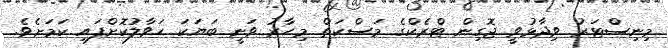
މިނިސްޓަރު ވިދާޅުވީ ޖޮގިން ޓްރެކްގެ މަސްކަތް މިހާރު ވަނީ ބަޔަކަ ހަވާލުކޮށްފައި ކަމަށެވެ.